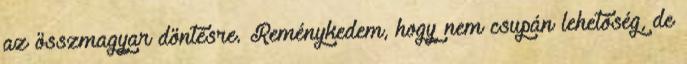
az összmagyar döntésre. Reménykedem, hogy nem csupán lehetõség, de